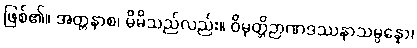
ဖြစ်၏။ အတ္တနာစ၊ မိမိသည်လည်း။ ဝိမုတ္တိဉာဏဒဿနာသမ္ပန္နော၊